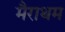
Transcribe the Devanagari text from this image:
मैराथम